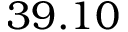
3 9 . 1 0